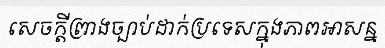
សេចក្តីព្រាងច្បាប់ដាក់ប្រទេសក្នុងភាពអាសន្ន